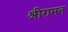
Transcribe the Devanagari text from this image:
श्रीरामन